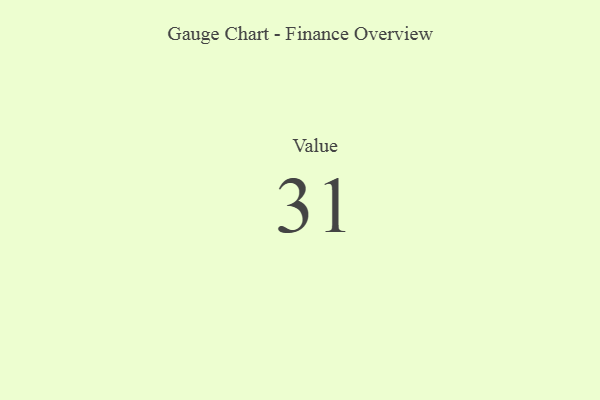
{"axis": {"x": "Metric", "y": "Value"}, "legend": [""], "data": [{"x": "Value", "y": 31, "type": ""}]}